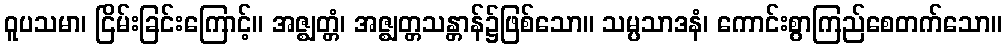
ဝူပသမာ၊ ငြိမ်းခြင်းကြောင့်။ အဇ္ဈတ္တံ၊ အဇ္ဈတ္တသန္တာန်၌ဖြစ်သော။ သမ္ပသာဒနံ၊ ကောင်းစွာကြည်စေတက်သော။